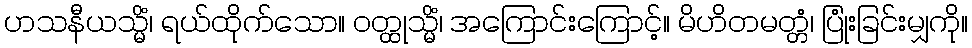
ဟသနီယသ္မိံ၊ ရယ်ထိုက်သော။ ဝတ္ထုသ္မိံ၊ အကြောင်းကြောင့်။ မိဟိတမတ္တံ၊ ပြုံးခြင်းမျှကို။